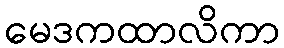
မေဒကထာလိကာ